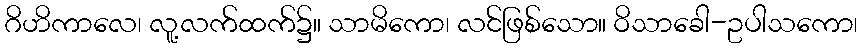
ဂိဟိကာလေ၊ လူ့လက်ထက်၌။ သာမိကော၊ လင်ဖြစ်သော။ ဝိသာခေါ-ဥပါသကော၊